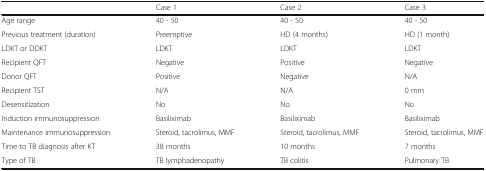
<table><thead><tr><td></td><td><b>Case 1</b></td><td><b>Case 2</b></td><td><b>Case 3</b></td></tr></thead><tbody><tr><td>Age range</td><td>40 - 50</td><td>40 - 50</td><td>40 - 50</td></tr><tr><td>Previous treatment (duration)</td><td>Preemptive</td><td>HD (4 months)</td><td>HD (1 month)</td></tr><tr><td>LDKT or DDKT</td><td>LDKT</td><td>LDKT</td><td>LDKT</td></tr><tr><td>Recipient QFT</td><td>Negative</td><td>Positive</td><td>Negative</td></tr><tr><td>Donor QFT</td><td>Positive</td><td>Negative</td><td>N/A</td></tr><tr><td>Recipient TST</td><td>N/A</td><td>N/A</td><td>0 mm</td></tr><tr><td>Desensitization</td><td>No</td><td>No</td><td>No</td></tr><tr><td>Induction immunosuppression</td><td>Basiliximab</td><td>Basiliximab</td><td>Basiliximab</td></tr><tr><td>Maintenance immunosuppression</td><td>Steroid, tacrolimus, MMF</td><td>Steroid, tacrolimus, MMF</td><td>Steroid, tacrolimus, MMF</td></tr><tr><td>Time to TB diagnosis after KT</td><td>38 months</td><td>10 months</td><td>7 months</td></tr><tr><td>Type of TB</td><td>TB lymphadenopathy</td><td>TB colitis</td><td>Pulmonary TB</td></tr></tbody></table>